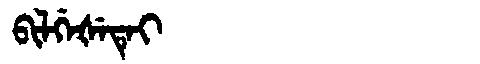
Manchu: ᠪᡳᠯᡤᡝᡧᡝᡨᡝᡳ
Romanization: BILGEŠETEI